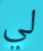
لي